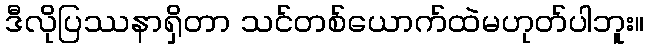
ဒီလိုပြဿနာရှိတာ သင်တစ်ယောက်ထဲမဟုတ်ပါဘူး။